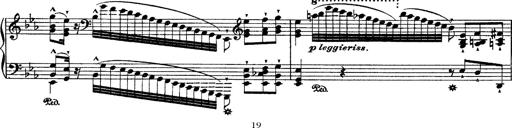
Title: Ã‰tudes d'exÃ©cution transcendante d'aprÃ¨s Paganini
Composer: Franz Liszt